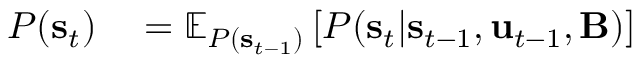
\begin{array} { r l } { P ( \mathbf { s } _ { t } ) } & { { } = \mathbb { E } _ { P ( \mathbf { s } _ { t - 1 } ) } \left[ P ( \mathbf { s } _ { t } | \mathbf { s } _ { t - 1 } , \mathbf { u } _ { t - 1 } , \mathbf { B } ) \right] } \end{array}